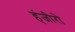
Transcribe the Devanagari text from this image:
हंजीरो